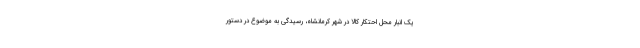
یک انبار محل احتکار کالا در شهر کرمانشاه، رسیدگی به موضوع در دستور